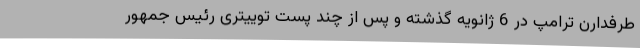
طرفدارن ترامپ در 6 ژانویه گذشته و پس از چند پست توییتری رئیس جمهور